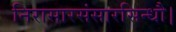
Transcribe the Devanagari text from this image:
निरासारसंसारसिन्धौ।